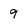
Character: 9